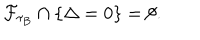
LaTeX: \mathcal { F } _ { \tau _ { B } } \cap \{ \Delta = 0 \} = \emptyset .